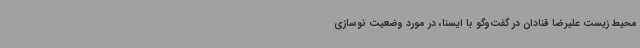
محیط زیست علیرضا قنادان در گفت‌وگو با ایسنا، در مورد وضعیت نوسازی